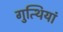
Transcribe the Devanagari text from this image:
गुत्थियां